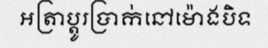
អត្រាប្តូរប្រាក់នៅម៉ោងបិទ